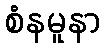
စံနမူနာ